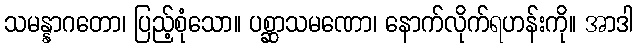
သမန္နာဂတော၊ ပြည့်စုံသော။ ပစ္ဆာသမဏော၊ နောက်လိုက်ရဟန်းကို။ အာဒါ